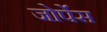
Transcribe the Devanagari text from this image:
जोर्पेस